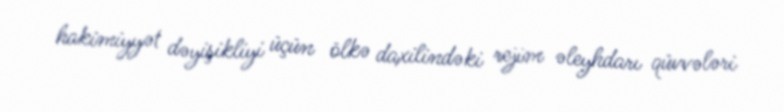
hakimiyyət dəyişikliyi üçün ölkə daxilindəki rejim əleyhdarı qüvvələri